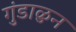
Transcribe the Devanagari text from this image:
गुंडाळुन